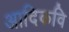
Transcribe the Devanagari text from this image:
अादिकवि